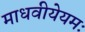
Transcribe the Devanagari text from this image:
माधवीयेयमः